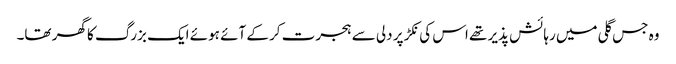
وہ جس گلی میں رہائش پذیر تھے اس کی نکڑ پر دلی سے ہجرت کر کے آئے ہوئے ایک بزرگ کا گھر تھا۔